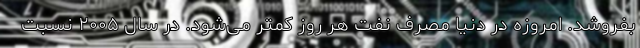
بفروشد. امروزه در دنیا مصرف نفت هر روز کمتر می‌شود. در سال ۲۰۰۵ نسبت